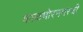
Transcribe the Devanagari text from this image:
काळभोरनगरची